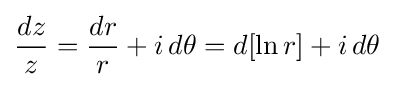
{\frac {dz}{z}}={\frac {dr}{r}}+i\,d\theta =d[\ln r]+i\,d\theta